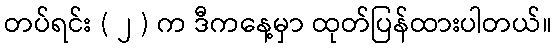
တပ်ရင်း ( ၂ ) က ဒီကနေ့မှာ ထုတ်ပြန်ထားပါတယ်။